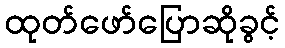
ထုတ်ဖော်ပြောဆိုခွင့်